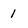
Character: 1